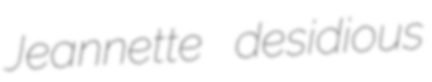
Jeannette desidious